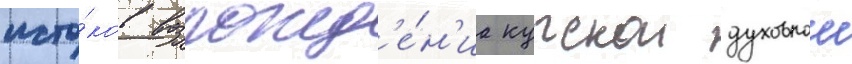
исто́ков возрожд'е́н'иа курскои духовнои